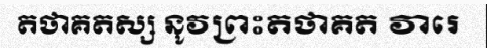
តថាគតស្ស នូវព្រះតថាគត វារេ